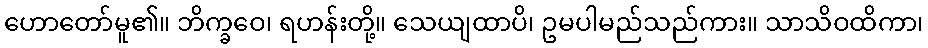
ဟောတော်မူ၏။ ဘိက္ခဝေ၊ ရဟန်းတို့။ သေယျထာပိ၊ ဥမပါမည်သည်ကား။ သာသိဝထိကာ၊